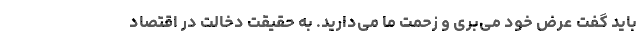
باید گفت عرض خود می‌بری و زحمت ما می‌دارید. به حقیقت دخالت در اقتصاد